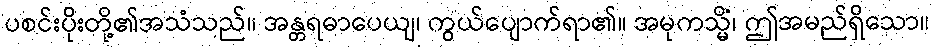
ပစင်းပိုးတို့၏အသံသည်။ အန္တရဓာပေယျ၊ ကွယ်ပျောက်ရာ၏။ အမုကသ္မိံ၊ ဤအမည်ရှိသော။